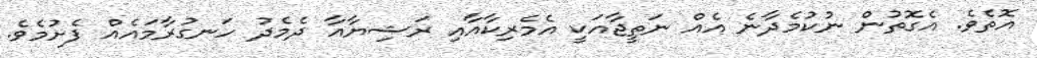
އޮތެވެ. އެގޮތުން ނުކުމެދާނެ އެއް ނަތީޖާއަކީ އެމެރިކާއާއި ރަޝިޔާއާ ދެމެދު ހަނގުރާމައެއް ފެށުމެވެ.